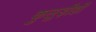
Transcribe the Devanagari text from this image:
कुलुड़ीही